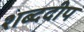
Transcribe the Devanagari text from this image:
शब्ददीप